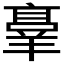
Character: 𬙸